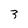
Character: 3